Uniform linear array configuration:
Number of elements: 48
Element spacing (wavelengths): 0.75
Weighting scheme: binomial
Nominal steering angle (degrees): -45
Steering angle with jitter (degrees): -44.748
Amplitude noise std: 0.05
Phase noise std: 0.05

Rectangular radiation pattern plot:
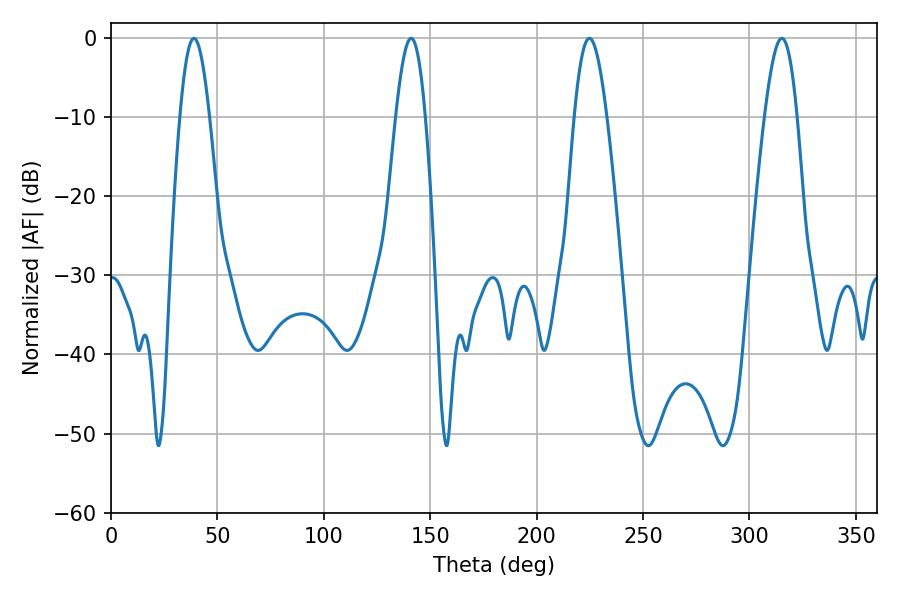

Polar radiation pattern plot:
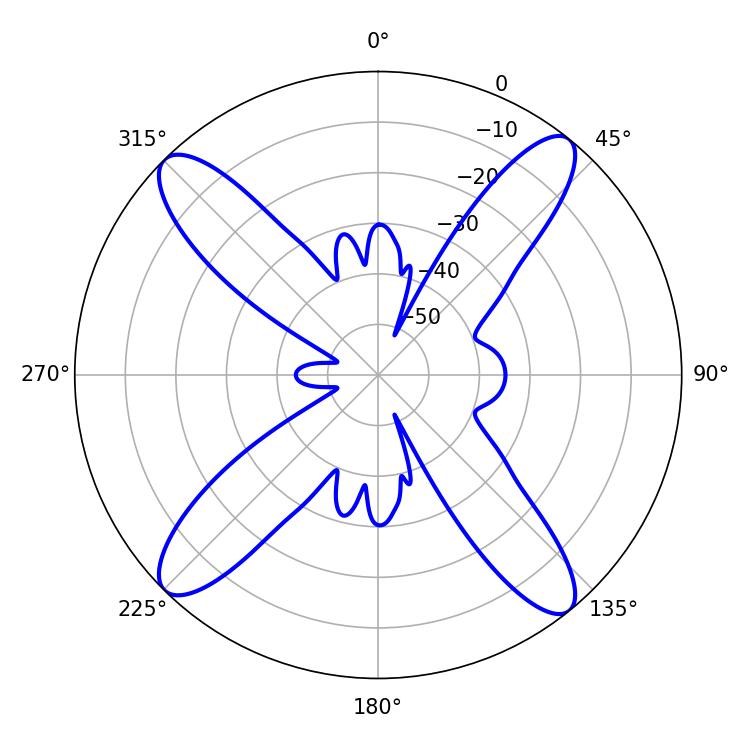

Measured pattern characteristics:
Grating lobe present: TRUE
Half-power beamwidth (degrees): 8.1
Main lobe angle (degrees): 224.82